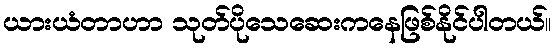
ယားယံတာဟာ သုတ်ပိုသေဆေးကနေဖြစ်နိုင်ပါတယ်။